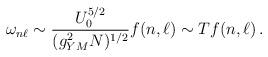
LaTeX: \begin{align*}\omega_{n\ell} \sim {U_0^{5/2} \over (g^2_{YM} N)^{1/2}} f(n,\ell) \sim T f(n,\ell)\,.\end{align*}